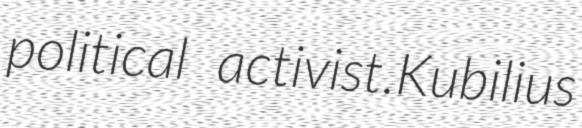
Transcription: political activist.Kubilius